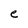
Character: e